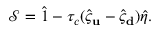
\mathcal { S } = \hat { 1 } - \tau _ { c } ( \hat { \varsigma } _ { \bf u } - \hat { \varsigma } _ { \bf d } ) \hat { \eta } .